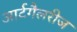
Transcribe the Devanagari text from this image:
आर्टगैलरीज